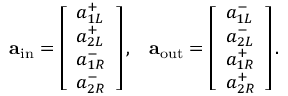
\mathbf { a } _ { \mathrm { i n } } = \left[ \begin{array} { l } { a _ { 1 L } ^ { + } } \\ { a _ { 2 L } ^ { + } } \\ { a _ { 1 R } ^ { - } } \\ { a _ { 2 R } ^ { - } } \end{array} \right] , \; \; \; \mathbf { a } _ { \mathrm { o u t } } = \left[ \begin{array} { l } { a _ { 1 L } ^ { - } } \\ { a _ { 2 L } ^ { - } } \\ { a _ { 1 R } ^ { + } } \\ { a _ { 2 R } ^ { + } } \end{array} \right] .